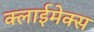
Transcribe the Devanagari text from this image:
क्लाईमेक्स